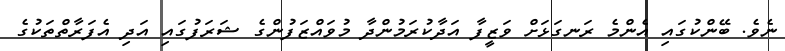
ނެވެ. ބޭންކުގައި އެންމެ ރަނގަޅަށް ވަޒީފާ އަދާކުރަމުންދާ މުވައްޒަފުންގެ ޝަރަފުގައި އަދި އެފަރާތްތަކުގެ